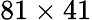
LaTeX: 81\times 41